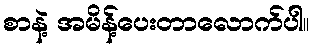
စာနဲ့ အမိန့်ပေးတာလောက်ပါ။